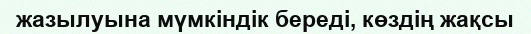
жазылуына мүмкіндік береді, көздің жақсы